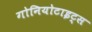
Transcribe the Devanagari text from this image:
गोनियोटाइट्स